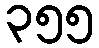
၃၅၅